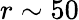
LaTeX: r\sim 50